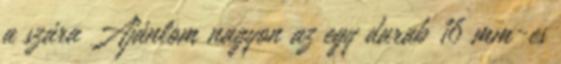
a szára Ajánlom nagyon az egy darab 16 mm-es